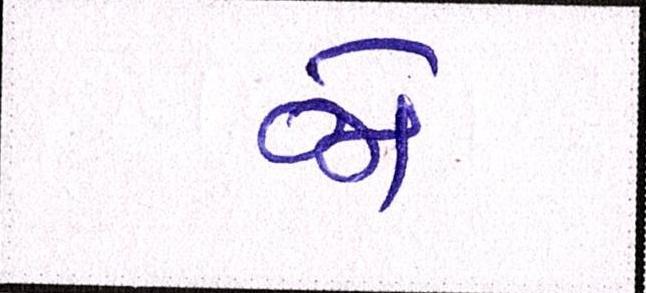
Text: જો